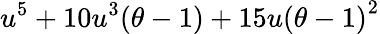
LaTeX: u^{5}+10u^{3}(\theta-1)+15u{(\theta-1)}^{2}